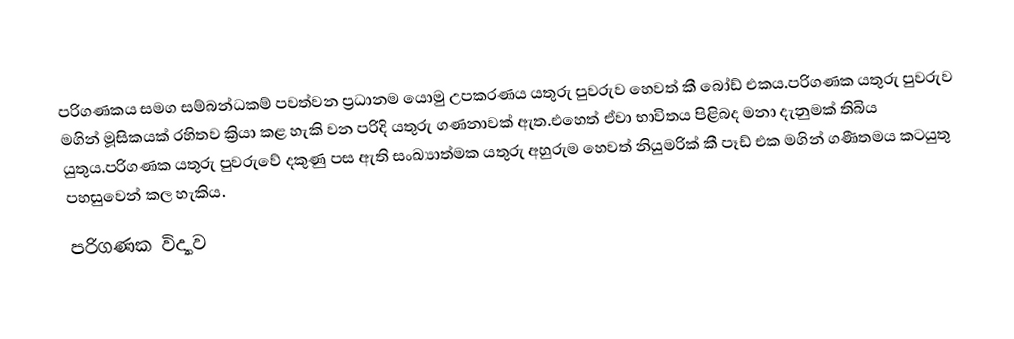
පරිගණකය සමග සම්බන්ධකම් පවත්වන ප්‍රධානම යොමු උපකරණය යතුරු පුවරුව හෙවත් කී බෝඩ් එකය.පරිගණක යතුරු පුවරුව මගින් මූසිකයක් රහිතව ක්‍රියා කළ හැකි වන පරිදි යතුරු ගණනාවක් ඇත.එහෙත් ඒවා භාවිතය පිළිබද මනා දැනුමක් තිබිය යුතුය.පරිගණක යතුරු පුවරුවේ දකුණු පස ඇති සංඛ්‍යාත්මක යතුරු අහුරුම හෙවත් නියුමරික් කී පෑඩ් එක මගින් ගණීතමය කටයුතු පහසුවෙන් කල හැකිය.
පරිගණක විද්‍යාව